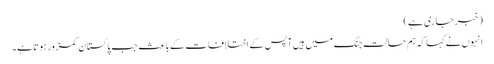
(خبر جاری ہے)
انہوں نے کہا کہ ہم حالت جنگ میں ہیں آپس کے اختلافات کے باعث جب پاکستان کمزور ہوتا ہے۔